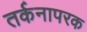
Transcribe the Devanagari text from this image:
तर्कनापरक